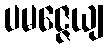
ပမဇ္ဇေယျ